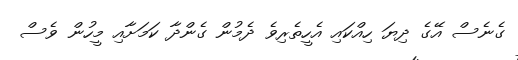
ގެނެސް އޭގެ ދިޔަ ހިއްކައި އެހީތެރިވެ ދެމުން ގެންދާ ކަމަށާއި މީހުން ވެސް